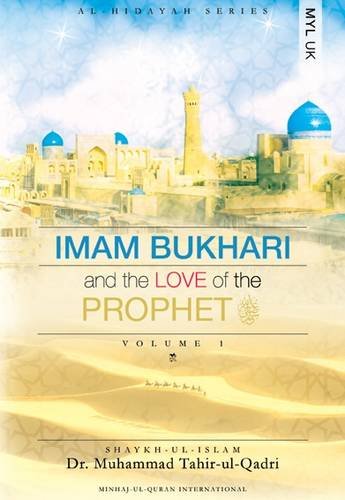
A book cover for Imam Bukhari and the Love of the Prophet (Al-Hidayah); Muhammad Tahir-ul-Qadri; Religion & Spirituality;